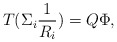
\begin{align*}T(\Sigma_{i} \frac{1}{R_{i}})=Q{\Phi},\end{align*}